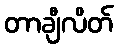
တာချီလိတ်